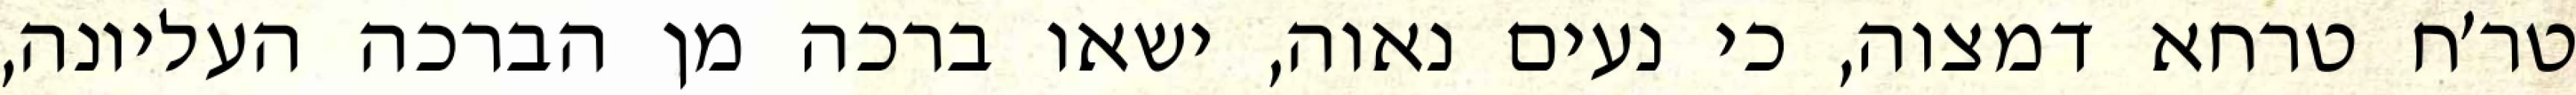
טר׳ח טרחא דמצוה, כי נעים נאוה, ישאו ברכה מן הברכה העליונה,